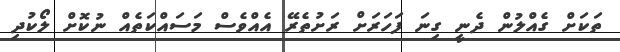
ތަކަށް ގެއްލުން ދެނީ ގިނަ ފަހަރަށް ރަށުތެރޭ އެއްވެސް މަސައްކަތެއް ނުކޮށް ލޯކުދި